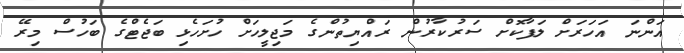
އަންނަ އަހަރަށް ލަފާކޮށް ސަރުކާރުން ރައްޔިތުންގެ މަޖިލީހަށް ހުށަހެޅި ބަޖެޓްގެ ބަހުސް މިރޭ